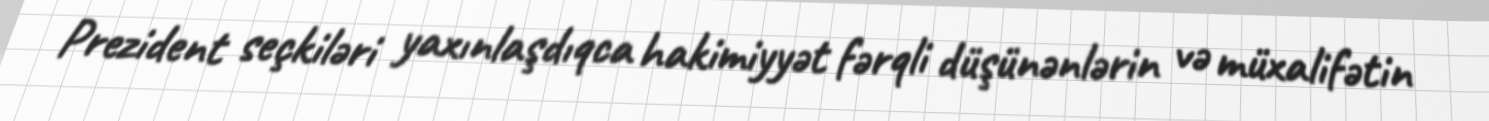
Prezident seçkiləri yaxınlaşdıqca hakimiyyət fərqli düşünənlərin və müxalifətin